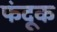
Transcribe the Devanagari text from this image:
फंदूक